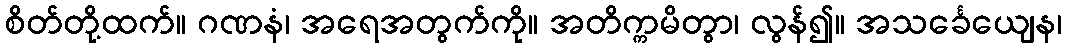
စိတ်တို့ထက်။ ဂဏနံ၊ အရေအတွက်ကို။ အတိက္ကမိတွာ၊ လွန်၍။ အသင်္ခေယျေန၊